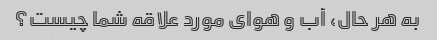
به هر حال، آب و هوای مورد علاقه شما چیست؟